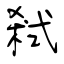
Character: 弒